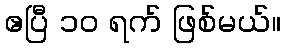
ဧပြီ ၁၀ ရက် ဖြစ်မယ်။